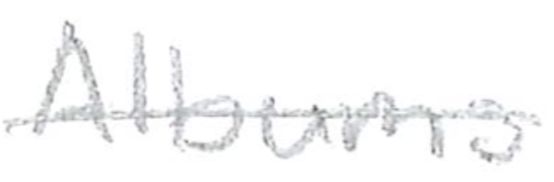
Text: Albums
Cross-out: single-line
Writing tool: pencil